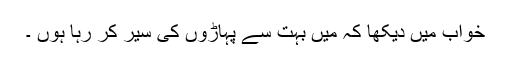
خواب میں دیکھا کہ میں بہت سے پہاڑوں کی سیر کر رہا ہوں ۔